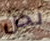
نحن